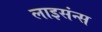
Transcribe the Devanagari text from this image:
लाइसंन्स